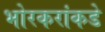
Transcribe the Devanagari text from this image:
भोरकरांकडे